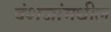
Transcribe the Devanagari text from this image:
वंशजांमधील